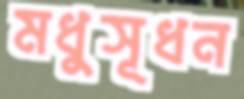
মধুসূধন